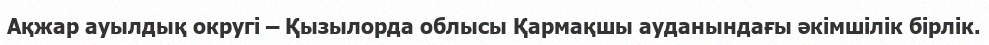
Ақжар ауылдық округі – Қызылорда облысы Қармақшы ауданындағы әкімшілік бірлік.